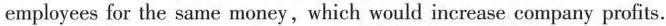
employees for the same money,which would increase company profits.